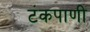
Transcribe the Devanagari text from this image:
टंकपाणी